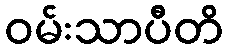
ဝမ်းသာပီတိ